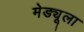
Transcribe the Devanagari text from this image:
मेड्यूला